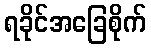
ရခိုင်အခြေစိုက်